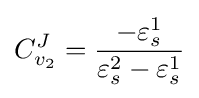
C_{v_{2}}^{J}={\frac {-\varepsilon _{s}^{1}}{\varepsilon _{s}^{2}-\varepsilon _{s}^{1}}}